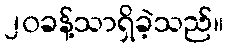
၂၀ခန့်သာရှိခဲ့သည်။